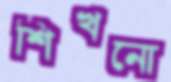
শিখনো